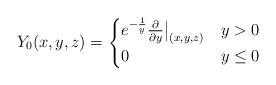
LaTeX: \begin{align*}Y_{0}(x,y,z)=\begin{cases}e^{-\frac{1}{y}}\frac{\partial}{\partial y}\big|_{(x,y,z)} & y>0\\0 & y\leq0\end{cases}\end{align*}